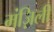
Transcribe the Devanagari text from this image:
मंज़िली